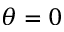
\theta = 0